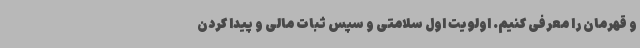
و قهرمان را معرفی کنیم. اولویت اول سلامتی و سپس ثبات مالی و پیدا کردن